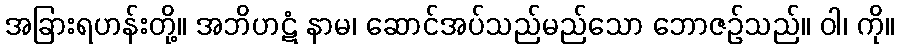
အခြားရဟန်းတို့။ အဘိဟဋံ နာမ၊ ဆောင်အပ်သည်မည်သော ဘောဇဉ်သည်။ ဝါ၊ ကို။